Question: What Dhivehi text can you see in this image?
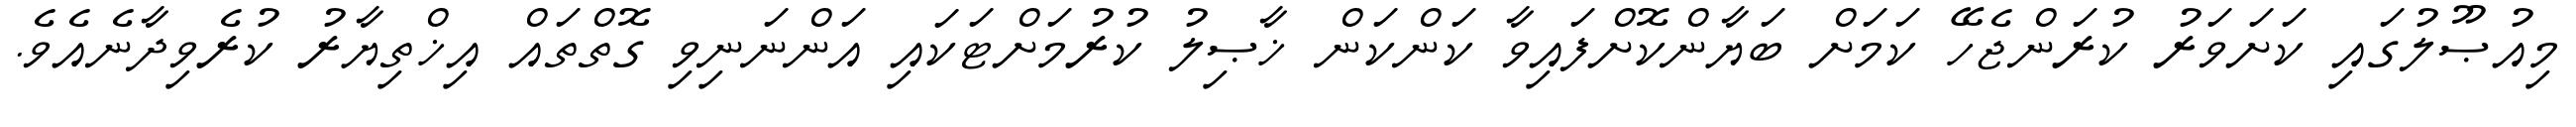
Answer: މިއުޞޫލުގައި ކަށަވަރު ކުރަންޖެހޭ ކަމަށް ބަޔާންކޮށްފައިވާ ކަންކަން ޚާޞިލު ކުރުމަށްޓަކައި އަންނަނިވި ގޮތްތައް އިޚްތިޔާރު ކުރެވިދާނެއެވެ.